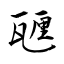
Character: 甅